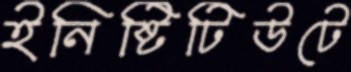
ইনিষ্টিটিউটে